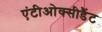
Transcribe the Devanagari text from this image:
एंटीओक्सीडैंट